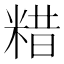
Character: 𥺮